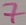
Text: 7